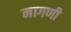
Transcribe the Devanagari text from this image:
नागणी